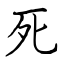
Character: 死